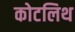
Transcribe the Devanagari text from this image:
कोटलिथ